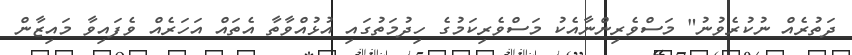
ދަތުރެއް ނުކުރެވުނު" މަސްވެރިންނާއެކު މަސްވެރިކަމުގެ ހިދުމަތުގައި އުޅުއްވާތާ އެތައް އަހަރެއް ވެފައިވާ މައިޒާން